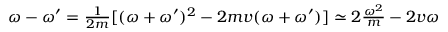
\begin{array} { r } { \omega - \omega ^ { \prime } = \frac { 1 } { 2 m } [ ( \omega + \omega ^ { \prime } ) ^ { 2 } - 2 m v ( \omega + \omega ^ { \prime } ) ] \simeq 2 \frac { \omega ^ { 2 } } { m } - 2 v \omega } \end{array}